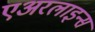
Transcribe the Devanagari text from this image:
एअरलाइन्‍स